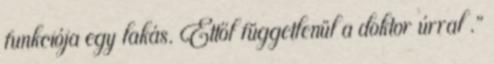
funkciója egy lakás. Ettől függetlenül a doktor úrral .”